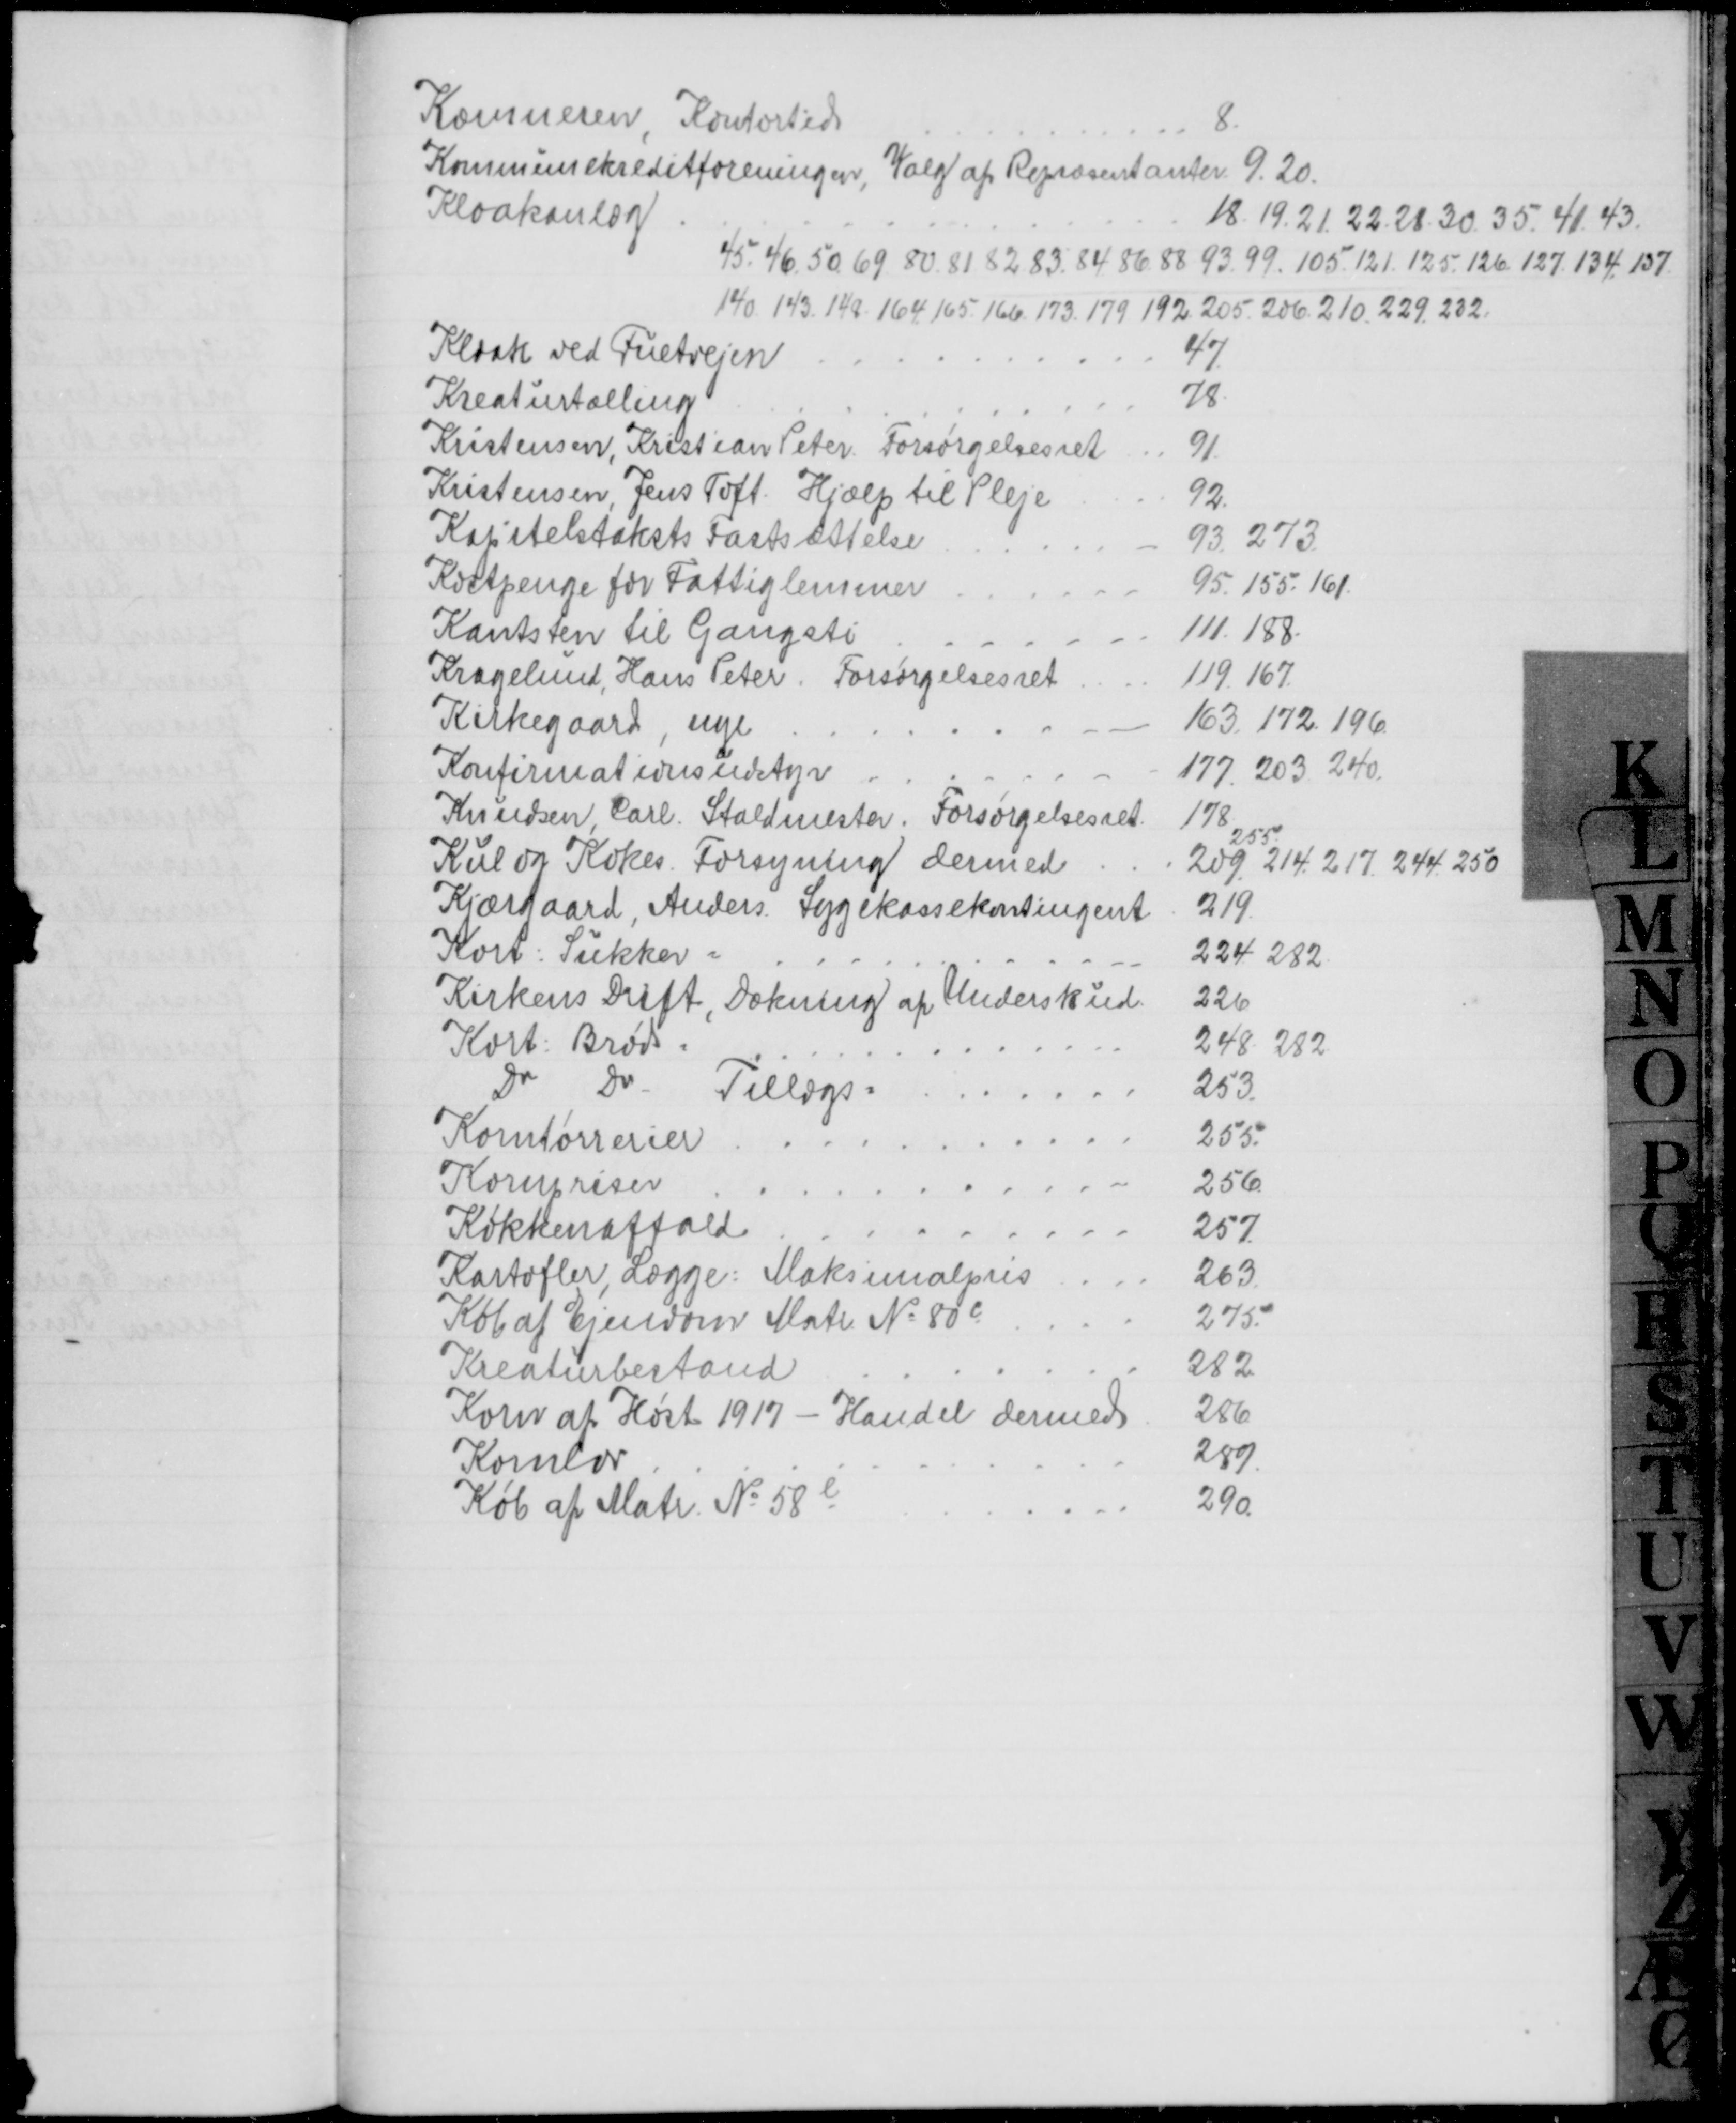
Transskription:
Kæmneren, Kontortid
8
Kommunekreditforeningen, Valg af Repræsentanter 9. 20.
Kloakanlæg
18. 19. 21. 22. 28. 30. 35. 41. 43.
45. 46. 50. 69. 80. 81. 82. 83. 84, 86. 88. 93. 99. 105. 121. 125. 126. 127. 134. 137
140. 143. 148. 164. 165. 166. 173. 179. 192. 205. 206. 210. 229. 232.
Kloak ved Fuetvejen
47.
Kreaturtælling
78
Kristensen, Kristian Peter Forsørgelsesret
91.
Kristensen, Jens Toft. Hjælp til Pleje
92.
Kapitelstaksts Fastsættelse
93. 273.
Kostpenge for Fattiglemmer
95. 155. 161.
Kantsten til Gangsti
111.188
Kragelund, Hans Peter. Forsørgelsesret
119. 167
Kirkegaard, nye
163. 172. 196
Konfirmationsudstyr
177. 203. 240.
Knudsen Carl. Staldmester. Forsørgelsesret.
178
Kul og Kokes. Forsyning dermed
255
209. 214. 217. 244. 250
Kjærgaard, Anders Sygekassekontingent
219
Kort. Sukker.
224. 282
Kirkens Drift, Dækning af Underskud.
226
Kort. Brød
248. 282
Do
Do
Tillægs=
253
Korntørrerier
255.
Kornpriser
256
Køkkenaffald
257.
Kartofler Lægge: Maksimalpris
263
Køb af Ejendom Matr. № 80c
275
Kreaturbestand
282
Korn at Høst 1917 - Handel dermed
286
Kornlov
289.
Køb af Matr. № 58e
290